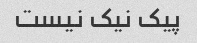
پیک نیک نیست